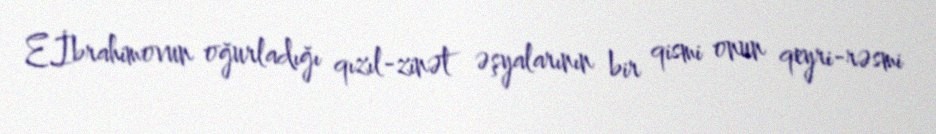
E.İbrahimovun oğurladığı qızıl-zinət əşyalarının bir qismi onun qeyri-rəsmi